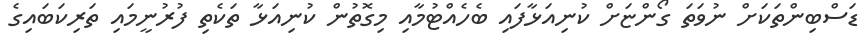
ޑަސްބިންތަކަށް ނުވަތަ ގޯންޏަށް ކުނިއަޅާފައި ބެހެއްޓުމާއި މިގޮތުން ކުނިއަޅާ ތަކެތި ފުރުނީމައި ތަރިކަބައިގެ